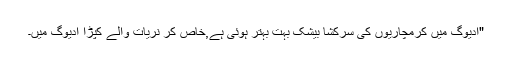
"ادیوگ میں کرمچاریوں کی سرکشا بیشک بہت بہتر ہوئی ہے,خاص کر نریات والے کپڑا ادیوگ میں۔